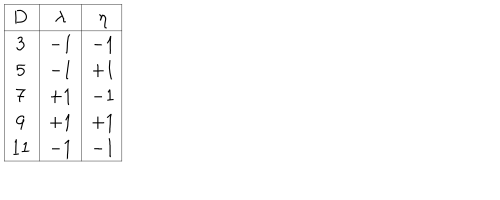
\begin{array} { | c | c | c | } \hline { { { \bf D } } } & { { \lambda } } & { { \eta } } \\ \hline { { 3 } } & { { - 1 } } & { { - 1 } } \\ { { 5 } } & { { - 1 } } & { { + 1 } } \\ { { 7 } } & { { + 1 } } & { { - 1 } } \\ { { 9 } } & { { + 1 } } & { { + 1 } } \\ { { 1 1 } } & { { - 1 } } & { { - 1 } } \\ \hline { { } } \\ \end{array}